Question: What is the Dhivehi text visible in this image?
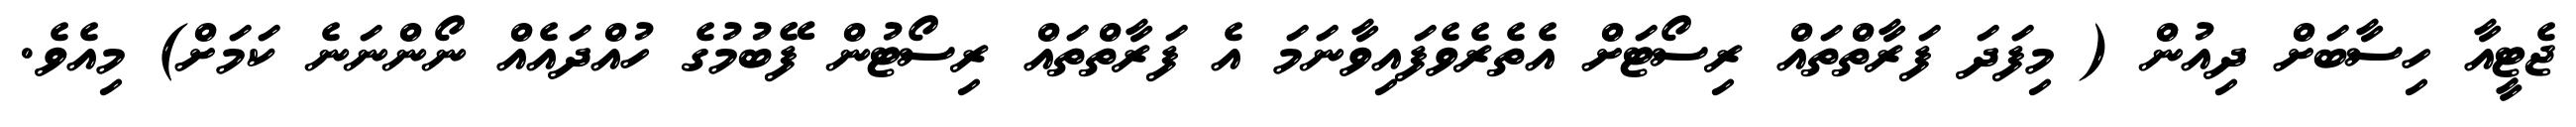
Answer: ޖެޓީއާ ހިސާބަށް ދިއުން ( މިފަދަ ފަރާތްތައް ރިސޯޓަށް އެތެރެވެފައިވާނަމަ އެ ފަރާތްތައް ރިސޯޓުން ފޭބުމުގެ ހުއްދައެއް ނޯންނަނެ ކަމަށް) މިއެވެ.